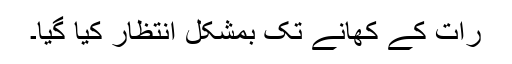
رات کے کھانے تک بمشکل انتظار کیا گیا۔